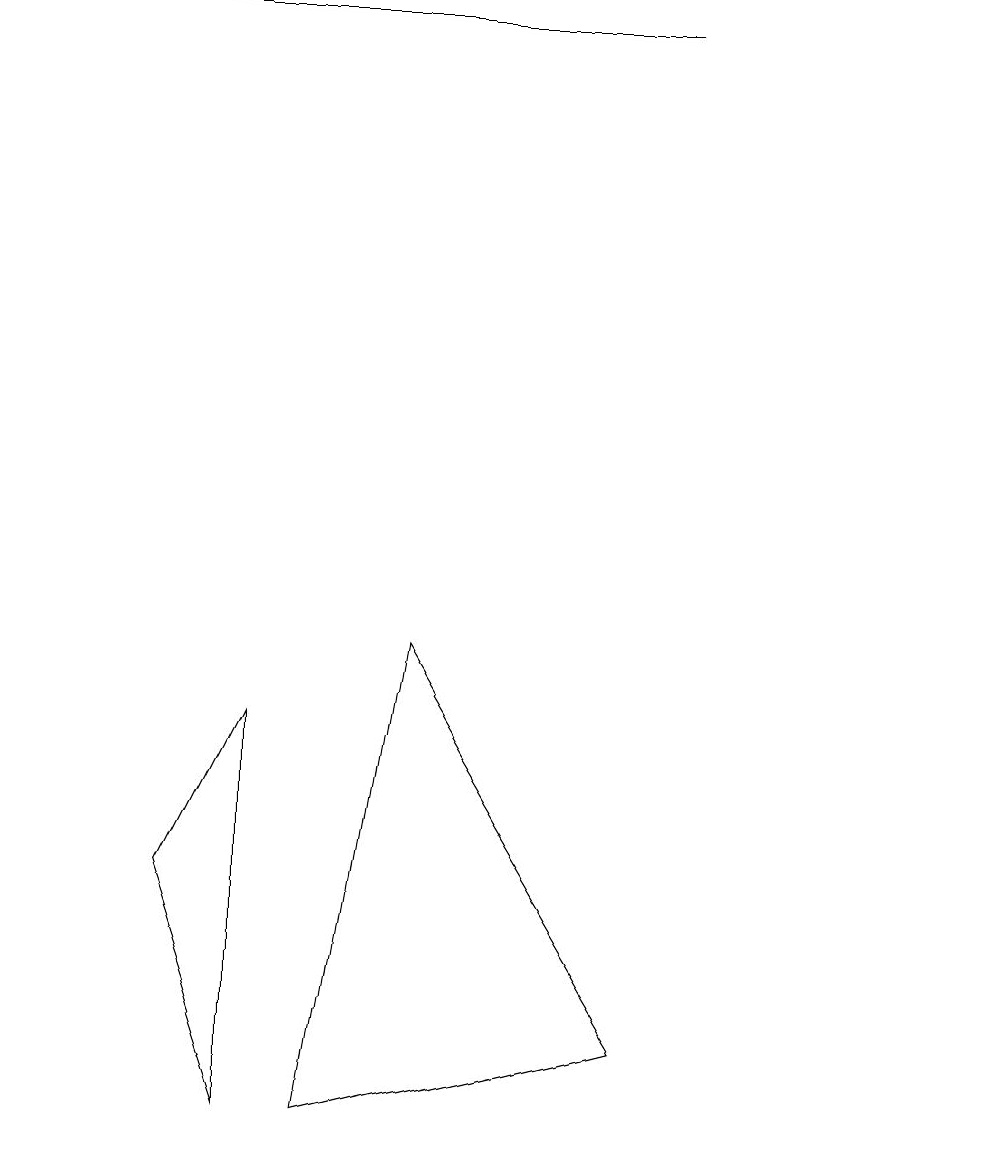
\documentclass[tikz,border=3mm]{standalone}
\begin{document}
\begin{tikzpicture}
\draw (3,8) -- (3,3) -- (2,6) -- cycle;
\draw (10,10) circle (0);
\draw (0,17) rectangle (8,17);
\draw (8,4) -- (5,9) -- (4,3) -- cycle;
\draw (10,10) circle (0);
\draw (12,11) circle (0);
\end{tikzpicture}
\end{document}